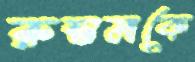
রুস্তমকে